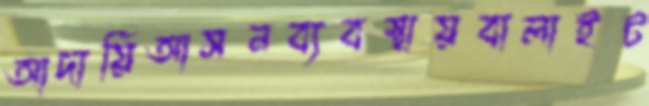
আদায়িআসনব্যবস্থায়বালাইট